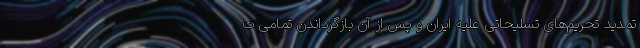
تمدید تحریم‌های تسلیحاتی علیه ایران و پس از آن بازگرداندن تمامی ت